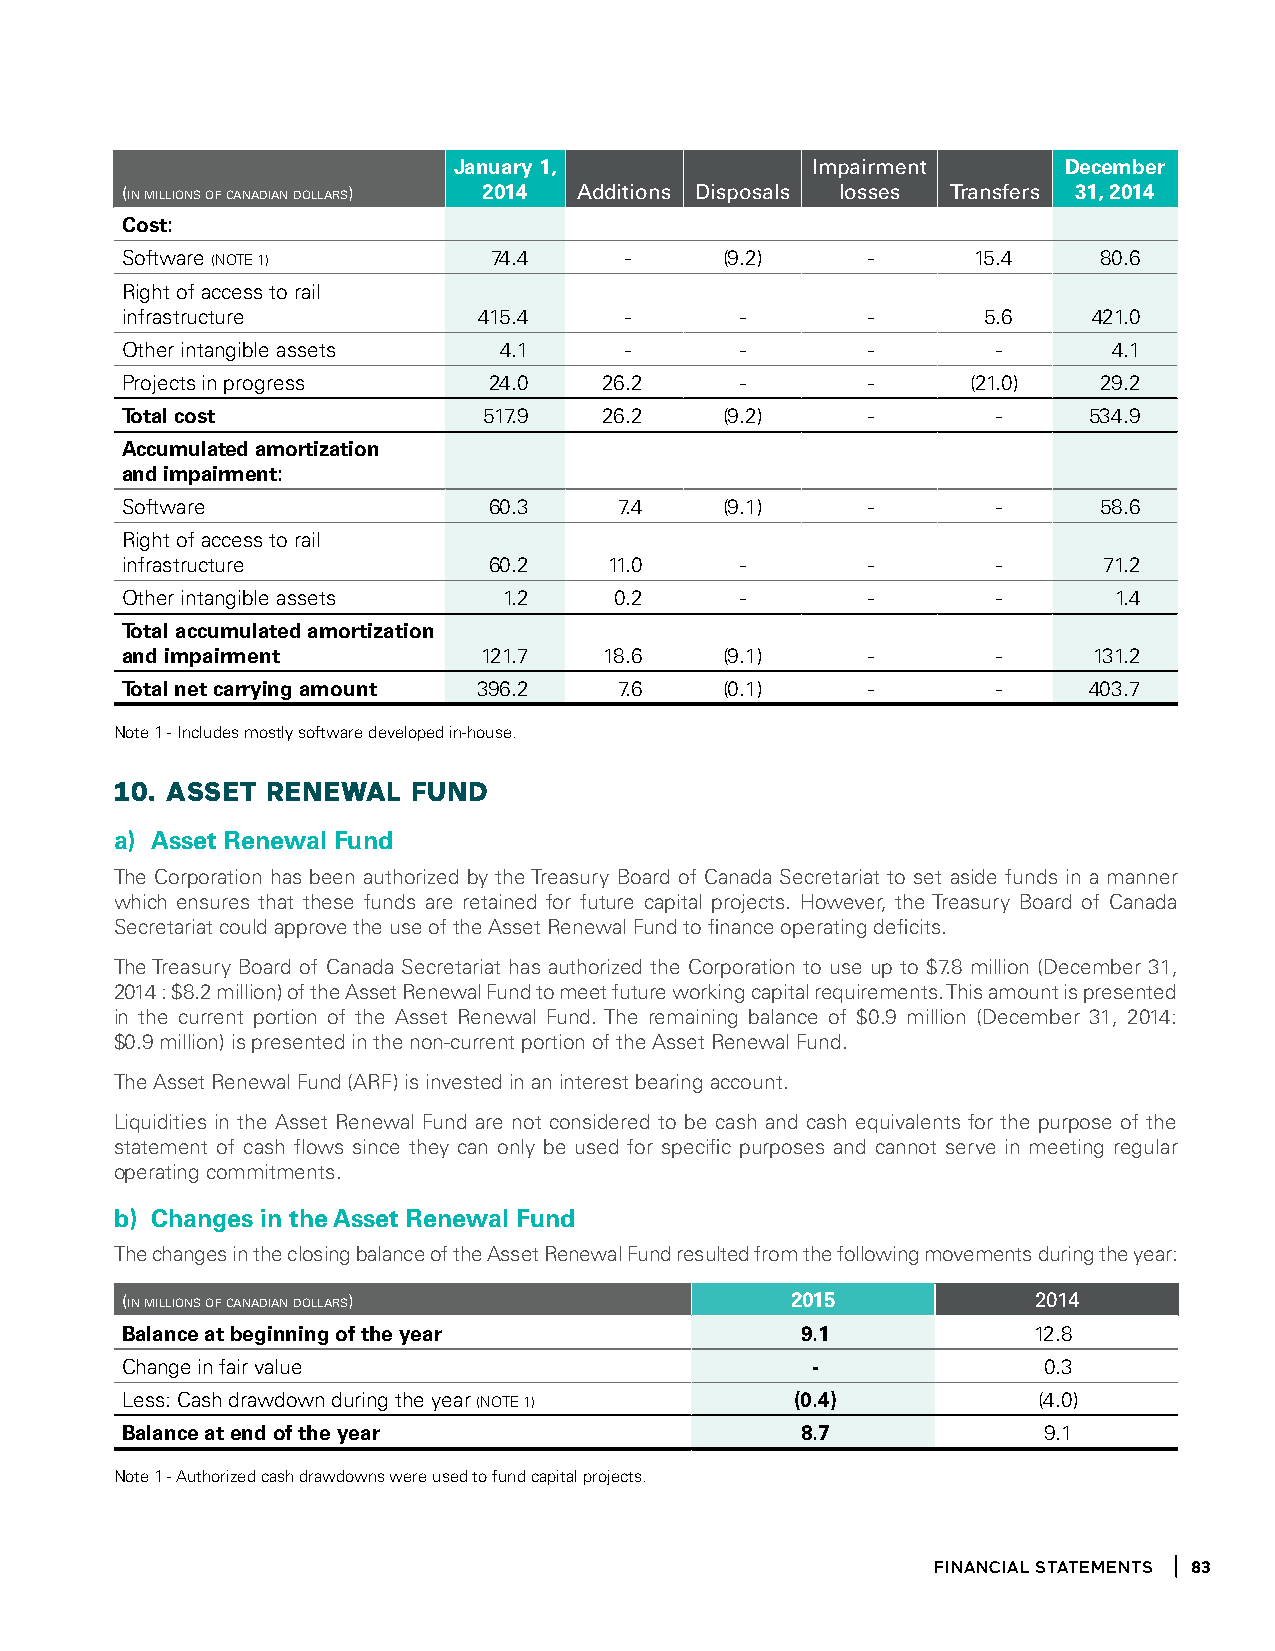
January 1,              impairment      December
 (in millions of canadian dollars) 2014 additions disposals losses transfers 31, 2014
 Cost:
 Software (NOTE 1)        74.4    -      (9.2)    -      15.4     80.6
 Right of access to rail
 infrastructure          415.4    -       -       -       5.6    421.0
 Other intangible assets  4.1     -       -       -        -       4.1
 Projects in progress    24.0    26.2     -       -      (21.0)   29.2
 Total cost              517.9   26.2    (9.2)    -        -     534.9
 Accumulated amortization
 and impairment:
 Software                60.3     7.4    (9.1)    -        -      58.6
 Right of access to rail
 infrastructure          60.2    11.0     -       -        -      71.2
 Other intangible assets  1.2     0.2     -       -        -       1.4
 Total accumulated amortization
 and impairment          121.7   18.6    (9.1)    -        -     131.2
 Total net carrying amount 396.2  7.6    (0.1)    -        -     403.7
 Note 1 - Includes mostly software developed in-house.
 10. aSSet ReneWal  FUnD
 a) Asset Renewal Fund
 The Corporation has been authorized by the Treasury Board of Canada Secretariat to set aside funds in a manner
 which ensures that these funds are retained for future capital projects. However, the Treasury Board of Canada
 Secretariat could approve the use of the Asset Renewal Fund to finance operating deficits.
 The Treasury Board of Canada Secretariat has authorized the Corporation to use up to $7.8 million (December 31,
 2014 : $8.2 million) of the Asset Renewal Fund to meet future working capital requirements. This amount is presented
 in the current portion of the Asset Renewal Fund. The remaining balance of $0.9 million (December 31, 2014:
 $0.9 million) is presented in the non-current portion of the Asset Renewal Fund.
 The Asset Renewal Fund (ARF) is invested in an interest bearing account.
 Liquidities in the Asset Renewal Fund are not considered to be cash and cash equivalents for the purpose of the
 statement of cash flows since they can only be used for specific purposes and cannot serve in meeting regular
 operating commitments.
 b) Changes in the Asset Renewal Fund
 The changes in the closing balance of the Asset Renewal Fund resulted from the following movements during the year:
 (in millions of canadian dollars)           2015             2014
 Balance at beginning of the year             9.1            12.8
 Change in fair value                          -              0.3
 Less: Cash drawdown during the year (NOTE 1) (0.4)           (4.0)
 Balance at end of the year                   8.7             9.1
 Note 1 - Authorized cash drawdowns were used to fund capital projects.
 financial statements 83